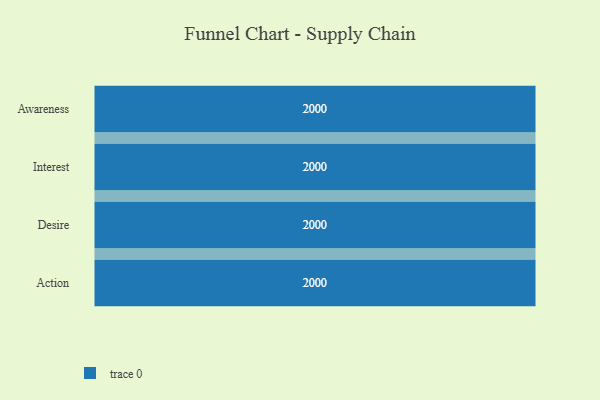
{"axis": {"x": "Stage", "y": "Value"}, "legend": [""], "data": [{"x": "Awareness", "y": 2000, "type": ""}, {"x": "Interest", "y": 2000, "type": ""}, {"x": "Desire", "y": 2000, "type": ""}, {"x": "Action", "y": 2000, "type": ""}]}